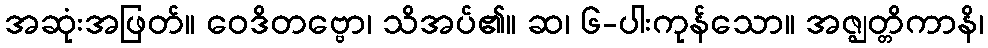
အဆုံးအဖြတ်။ ဝေဒိတဗ္ဗော၊ သိအပ်၏။ ဆ၊ ၆-ပါးကုန်သော။ အဇ္ဈတ္တိကာနိ၊